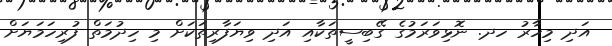
އަދި މިހާރު ހދ. ނޮޅިވަރަމުގެ ގޭބިސީތަކާއި އަދި ވިޔަފާރިތަކަށް މި ހިދުމަތް ފުރިހަމަޔަށް